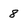
Character: 8